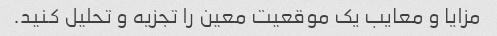
مزایا و معایب یک موقعیت معین را تجزیه و تحلیل کنید.